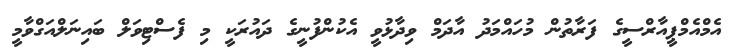
އެމްއެމްޕީއާރްސީގެ ފަރާތުން މުހައްމަދު އާދަމް ވިދާޅުވީ އެކުންފުނީގެ ދައުރަކީ މި ފެސްޓިވަލް ބައިނަލްއަގްވާމީ